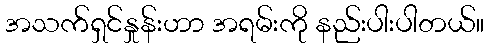
အသက်ရှင်နှုန်းဟာ အရမ်းကို နည်းပါးပါတယ်။